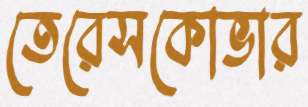
তেরেসকোভার